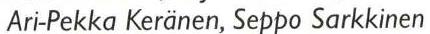
Ari-Pekka Keränen, Seppo Sarkkinen